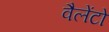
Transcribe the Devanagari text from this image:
वैलेंटो